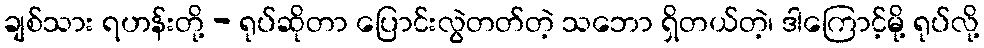
ချစ်သား ရဟန်းတို့ - ရုပ်ဆိုတာ ပြောင်းလွဲတတ်တဲ့ သဘော ရှိတယ်တဲ့၊ ဒါကြောင့်မို့ ရုပ်လို့